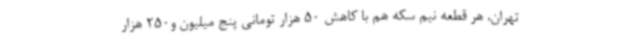
تهران، هر قطعه نیم سکه هم با کاهش 50 هزار تومانی پنج میلیون و250 هزار